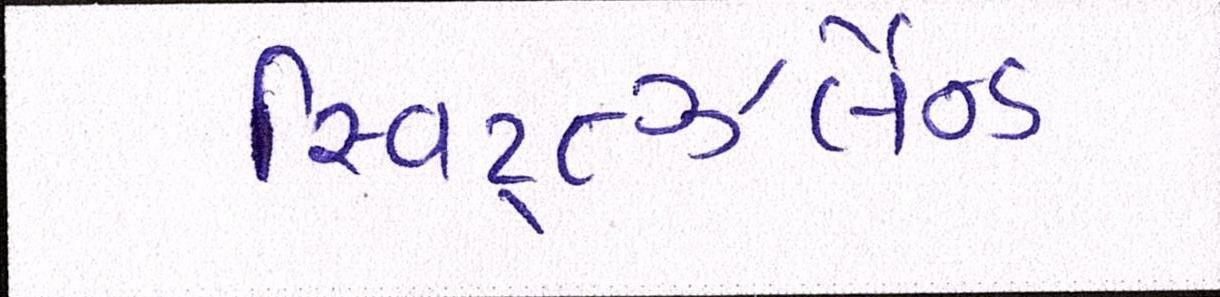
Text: સ્વિટ્ત્ઝર્લેન્ડ